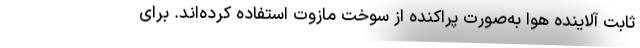
ثابت آلاینده هوا به‌صورت پراکنده از سوخت مازوت استفاده کرده‌اند. برای